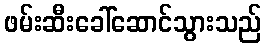
ဖမ်းဆီးခေါ်ဆောင်သွားသည်